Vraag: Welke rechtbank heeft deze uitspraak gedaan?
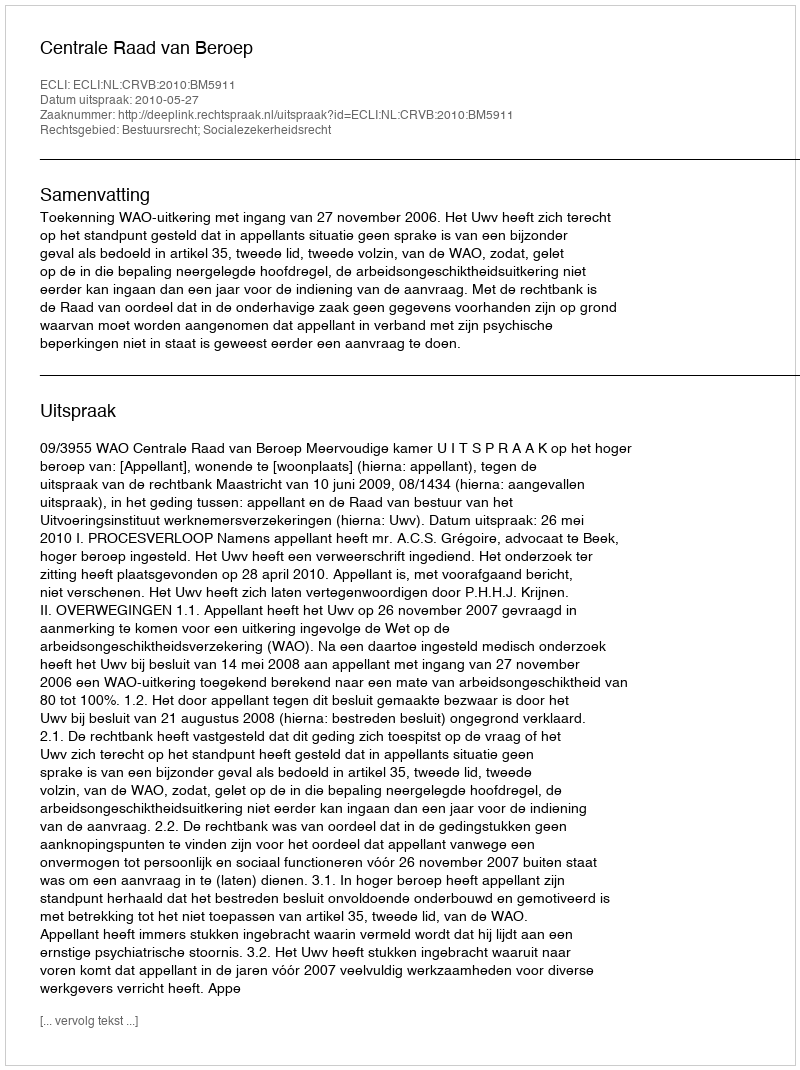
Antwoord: Centrale Raad van Beroep